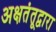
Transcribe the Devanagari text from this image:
अक्षतंतूद्वारा